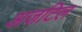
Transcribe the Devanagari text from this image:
अजटिल